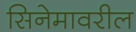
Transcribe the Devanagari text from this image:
सिनेमावरील